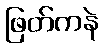
ဖြတ်ကနဲ